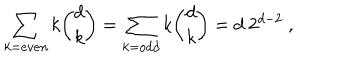
\sum _ { k = e v e n } k { \binom { d } { k } } = \sum _ { k = o d d } k { \binom { d } { k } } = d ~ 2 ^ { d - 2 } \ ,